Report on the cholera epidemic of
Year: 1868
Disease focus: Cholera
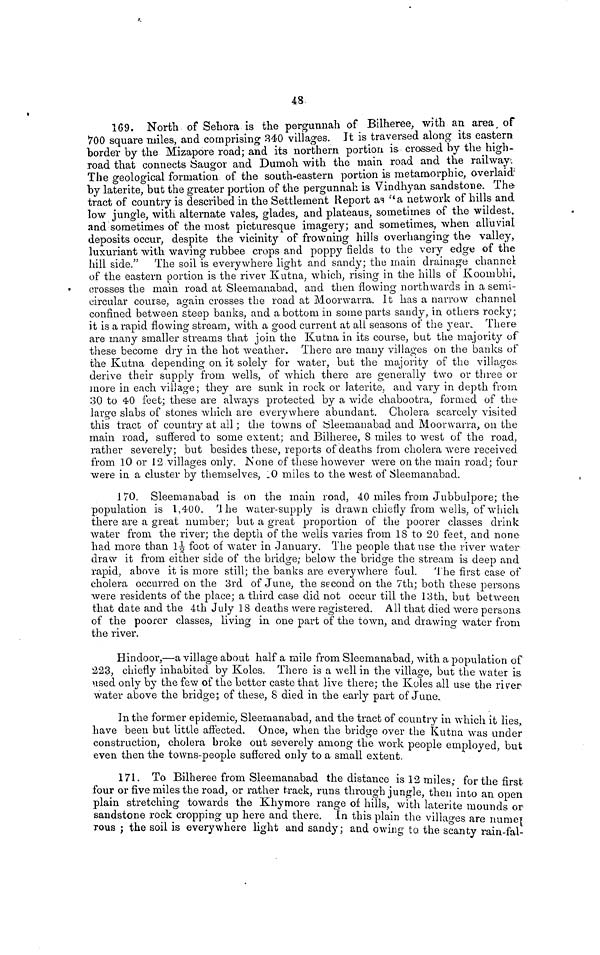
48
169. North of Sehora is the pergunnah of Bilheree, with an area of
700 square miles, and comprising 340 villages. It is traversed along its eastern
border by the Mizapore road; and its northern portion is crossed by the high-
road that connects Saugor and Dumoh with the main road and the railway.
The geological formation of the south-eastern portion is metamorphic, overlaid
by laterite, but the greater portion of the pergunnah is Vindhyan sandstone. The
tract of country is described in the Settlement Report as "a network of hills and
low jungle, with alternate vales, glades, and plateaus, sometimes of the wildest,
and sometimes of the most picturesque imagery; and sometimes, when alluvial
deposits occur, despite the vicinity of frowning hills overhanging the valley,
luxuriant with waving rubbee crops and poppy fields to the very edge of the
hill side." The soil is everywhere light and sandy; the main drainage channel
of the eastern portion is the river Kutna, which, rising in the hills of Koombhi,
crosses the main road at Sleemanabad, and then flowing northwards in a semi-
circular course, again crosses the road at Moorwarra. It has a narrow channel
confined between steep banks, and a bottom in some parts sandy, in others rocky;
it is a rapid flowing stream, with a good current at all seasons of the year. There
are many smaller streams that join the Kutna in its course, but the majority of
these become dry in the hot weather. There are many villages on the banks of
the Kutna depending on it solely for water, but the majority of the villages
derive their supply from, wells, of which there are generally two or three or
more in each village; they are sunk in rock or latérite, and vary in depth from
30 to 40 feet; these are always protected by a wide chabootra, formed of the
large slabs of stones which are everywhere abundant. Cholera scarcely visited
this tract of country at all ; the towns of Sleemanabad and Moorwarra, on the
main road, suffered to some extent; and Bilheree, 8 miles to west of the road,
rather severely; but besides these, reports of deaths from cholera were received
from 10 or 12 villages only. None of these however were on the main road; four
were in a cluster by themselves, 10 miles to the west of Sleemanabad.
170. Sleemanabad is on the main road, 40 miles from Jnbbtilpore; the-
population is 1,400. The water-supply is drawn chiefly from wells, of which
there are a great number; but a great proportion of the poorer classes drink
water from the river; the depth of the wells varies from 18 to 20 feet, and none
had more than 1½ foot of water in January. The people that use the river water
draw it from either side of the bridge; below the bridge the stream is deep and
rapid, above it is more still; the banks are everywhere foul. The first case of
cholera occurred on the 3rd of June, the second on the 7th; both these persons
were residents of the place; a third case did not occur till the 13th, but between
that date and the 4th July 18 deaths were registered. All that died were persons
of the poorer classes, living in one part of the town, and drawing water from
the river.
Hindoor,—a village about half a mile from Sleemanabad, with a population of
223, chiefly inhabited by Koles. There is a well in the village, but the water is
used only by the few of the better caste that live there; the Koles all use the river
water above the bridge; of these, 8 died in the early part of June.
In the former epidemic, Sleemanabad, and the tract of country in which it lies,
have been but little affected. Once, when the bridge over the Kutna was under
construction, cholera broke out severely among the work people employed but
even then the towns-people suffered only to a small extent.
171. To Bilheree from Sleemanabad the distance is 12 miles; for the first
four or five miles the road, or rather track, runs through jungle, then into an open
plain stretching towards the Khymore range of hills, with latérite mounds or
sandstone rock cropping up here and there. In this plain the villages are numer-
TOUS ; the soil is everywhere light and sandy ; and owing to the scanty rain-fal-